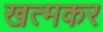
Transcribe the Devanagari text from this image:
खत्मकर